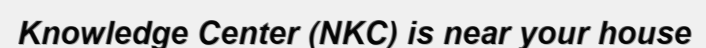
Knowledge Center (NKC) is near your house